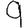
Digit: 9